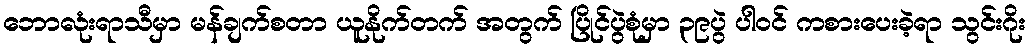
ဘောလုံးရာသီမှာ မန်ချက်စတာ ယူနိုက်တက် အတွက် ပြိုင်ပွဲစုံမှာ ၃၉ပွဲ ပါဝင် ကစားပေးခဲ့ရာ သွင်းဂိုး